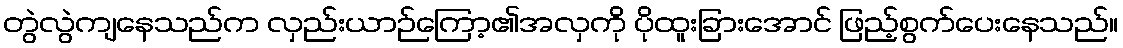
တွဲလွဲကျနေသည်က လှည်းယာဉ်ကြော့၏အလှကို ပိုထူးခြားအောင် ဖြည့်စွက်ပေးနေသည်။